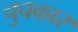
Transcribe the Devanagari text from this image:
चुचकार